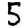
Digit: 5